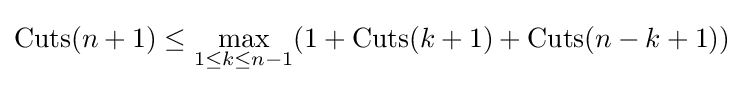
{\text{Cuts}}(n+1)\leq \max _{1\leq k\leq n-1}(1+{\text{Cuts}}(k+1)+{\text{Cuts}}(n-k+1))